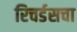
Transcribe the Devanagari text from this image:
रिचर्डसचा